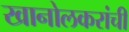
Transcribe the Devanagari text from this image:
खानोलकरांची